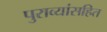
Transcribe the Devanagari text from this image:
पुराव्यांसहित